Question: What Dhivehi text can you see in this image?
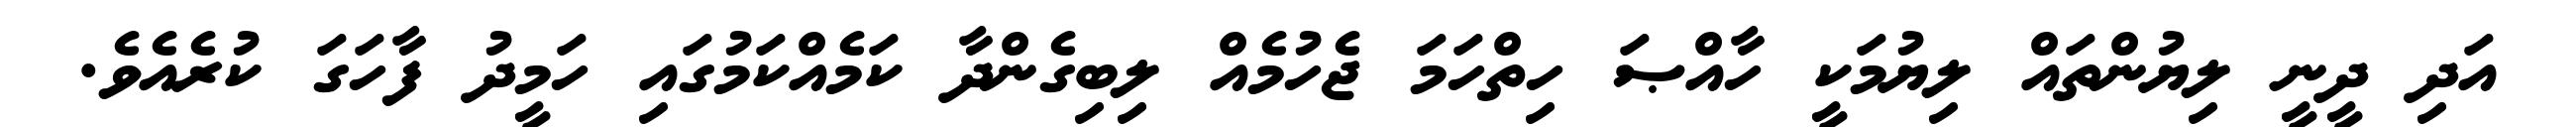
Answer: އަދި ދީނީ ލިޔުންތައް ލިޔުމަކީ ހާއްޞަ ހިތްހަމަ ޖެހުމެއް ލިބިގެންދާ ކަމެއްކަމުގައި ހަމީދު ފާހަގަ ކުރެއެވެ.